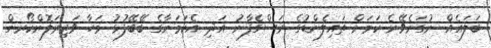
ބަލައެއް ނުގަނެވޭނެ ކަމަށް ތައިލެންޑުގެ ރަސްގެފާނު އަދި އެކަމަނާގެ ބޭބޭފުޅު މަހާ ވަޖިރަލޮންކޯރން